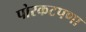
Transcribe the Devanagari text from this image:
पोरकटपणा